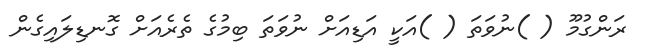
ރަންގުމޫ ( )ނުވަތަ ( )އަކީ އަޑިއަށް ނުވަތަ ބިމުގެ ތެރެއަށް ގޮނޑިލައިގެން